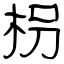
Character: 枴